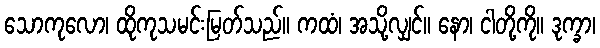
သောကုလော၊ ထိုကုသမင်းမြတ်သည်။ ကထံ၊ အသို့လျှင်။ နော၊ ငါတို့ကို။ ဒုက္ခာ၊